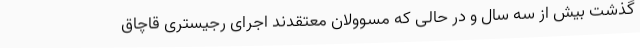
گذشت بیش از سه سال و در حالی که مسوولان معتقدند اجرای رجیستری قاچاق